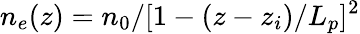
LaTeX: n_{e}(z)=n_{0}/[1-(z-z_{i})/L_{p}]^{2}